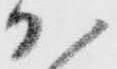
か